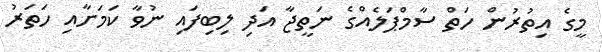
މީގެ އިތުރުން ހަތް ސާމްޕަލެއްގެ ނަތީޖާ އަދި ލިބިފައި ނުވާ ކަމަށާއި ހަތަރު